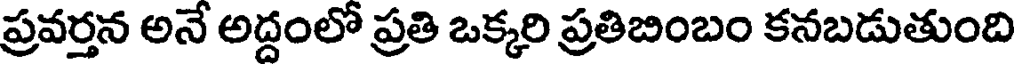
ప్రవర్తన అనే అద్దంలో ప్రతి ఒక్కరి ప్రతిబింబం కనబడుతుంది